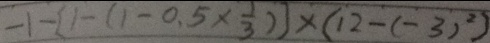
- 1 - ( 1 - [ 1 - ( 1 - 0 , 5 \times \frac { 1 } { 3 } ) ] \times ( 1 2 - ( - 3 ) ^ { 2 } )